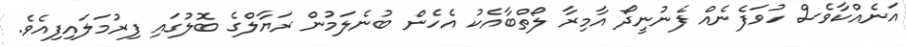
އަނެއްކާވެސް ހުވަފެނެއް ފެނުނީދޯ އާމިރާ ލޯތްބާއެކު އެހެން ބުނެލަމުން ރަޔާލްގެ ބޮލުގައި ފިރުމަލައިފިއެވެ.